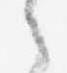
之